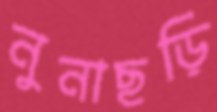
নুনাছড়ি